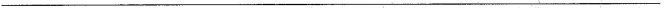
---